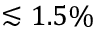
\lesssim 1 . 5 \%